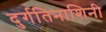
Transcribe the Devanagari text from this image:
दुर्गतिनाशिनी